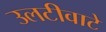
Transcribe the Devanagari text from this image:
उलटीवाटे